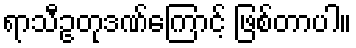
ရာသီဥတုဒဏ်ကြောင့် ဖြစ်တာပါ။